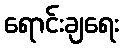
ရောင်းချရေး